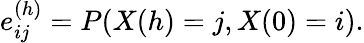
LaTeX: e_{ij}^{(h)}=P(X(h)=j,X(0)=i).